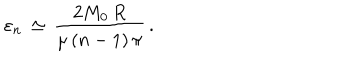
\varepsilon _ { n } \, \simeq \, \frac { 2 M _ { 0 } \, R } { \mu \, ( n - 1 ) \, \pi } \, { . }